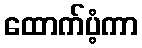
ထောက်ပံ့ကာ